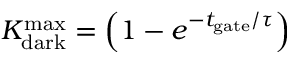
K _ { \mathrm { d a r k } } ^ { \mathrm { m a x } } = \left( 1 - e ^ { - { t _ { \mathrm { g a t e } } } / { \tau } } \right)